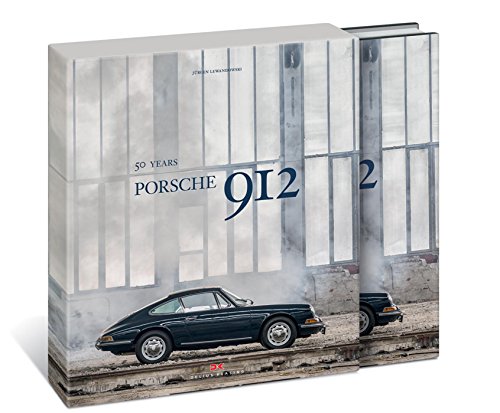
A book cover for Porsche 912: 50 Years; JÃ¼rgen Lewandowski; Engineering & Transportation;